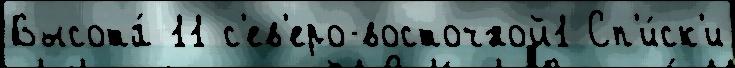
Высота́ 11 с'ев'еро-восточной1 Сп'и́ск'и